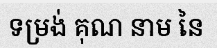
ទម្រង់ គុណ នាម នៃ